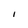
Character: I